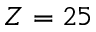
Z = 2 5